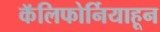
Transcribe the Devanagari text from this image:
कॅलिफोर्नियाहून